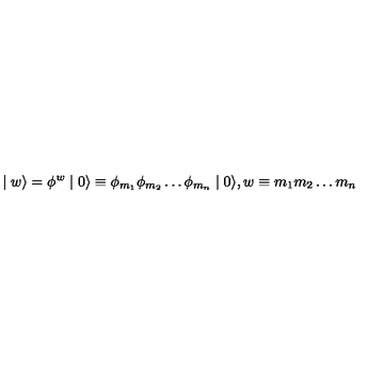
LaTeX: \mid w \rangle = \phi ^ { w } \mid 0 \rangle \equiv \phi _ { m _ { 1 } } \phi _ { m _ { 2 } } \ldots \phi _ { m _ { n } } \mid 0 \rangle , w \equiv m _ { 1 } m _ { 2 } \ldots m _ { n }